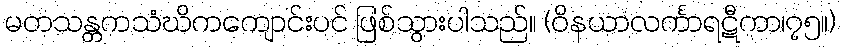
မတသန္တကသံဃိကကျောင်းပင် ဖြစ်သွားပါသည်။ (ဝိနယာလင်္ကာရဋီကာ၊၇၅။)